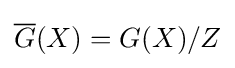
{\overline {G}}(X)=G(X)/Z